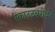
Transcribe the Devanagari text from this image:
स्काउटबरोबर